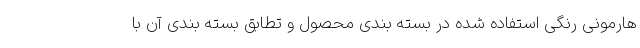
هارمونی رنگی استفاده شده در بسته بندی محصول و تطابق بسته بندی آن با